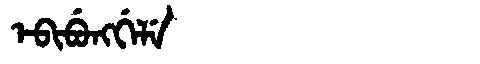
Manchu: ᡝᠪᡳᠪᡠᠩᡤᡝᠯᡝ
Romanization: EBIBUNGGELE